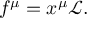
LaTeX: f ^ { \mu } = x ^ { \mu } { \mathcal { L } } .